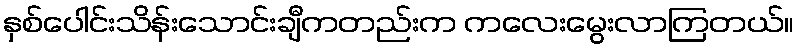
နှစ်ပေါင်းသိန်းသောင်းချီကတည်းက ကလေးမွေးလာကြတယ်။